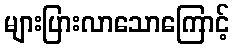
များပြားလာသောကြောင့်